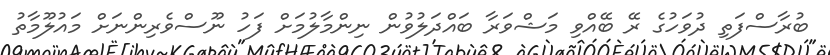
ބުރާސްފަތި ދުވަހުގެ ރޭ ބޭއްވި މަޝްވަރާ ބައްދަލުވުން ނިންމާލުމަށް ފަހު ނޫސްވެރިންނަށް މައުލޫމާތު